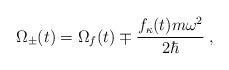
LaTeX: \begin{align*}\Omega_{\pm}(t)=\Omega_f(t)\mp \frac{f_{\kappa}(t){m\omega^2}}{2\hbar}\;,\end{align*}